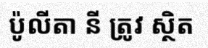
ប៉ូលីតា នី ត្រូវ ស្ថិត